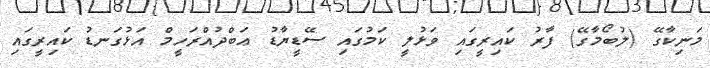
މަނިކާގޭ (ލުބޯމާގޭ) ފާރު ކައިރީގައި ވަޅުލީ ކަމުގައި ސޭޑީޔާޑު ޢަބްދުއްރަހީމް އަޅުގަނޑު ކައިރީގައި